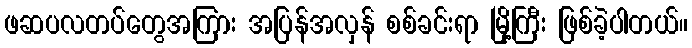
ဖဆပလတပ်တွေအကြား အပြန်အလှန် စစ်ခင်းရာ မြို့ကြီး ဖြစ်ခဲ့ပါတယ်။